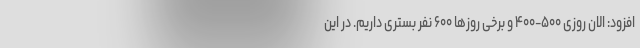
افزود: الان روزی ۵۰۰-۴۰۰ و برخی روزها ۶۰۰ نفر بستری داریم. در این